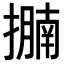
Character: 𢷁